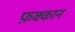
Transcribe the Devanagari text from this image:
फ़क्कान